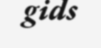
gids